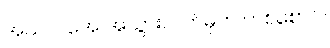
အယ်လ်အေ အသွားလက်မှတ် တစ်စောင်။